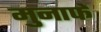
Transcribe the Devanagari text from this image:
मुनाफें